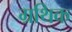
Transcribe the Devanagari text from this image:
ग्रथिक